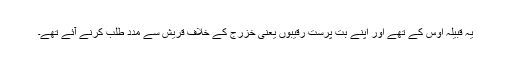
یہ قبیلہ اَوس کے تھے اور اپنے بت پرست رقیبوں یعنی خزرج کے خلاف قریش سے مدد طلب کرنے آئے تھے۔